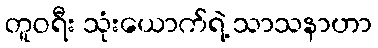
တူဝရီး သုံးယောက်ရဲ့ သာသနာဟာ